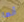
أنها